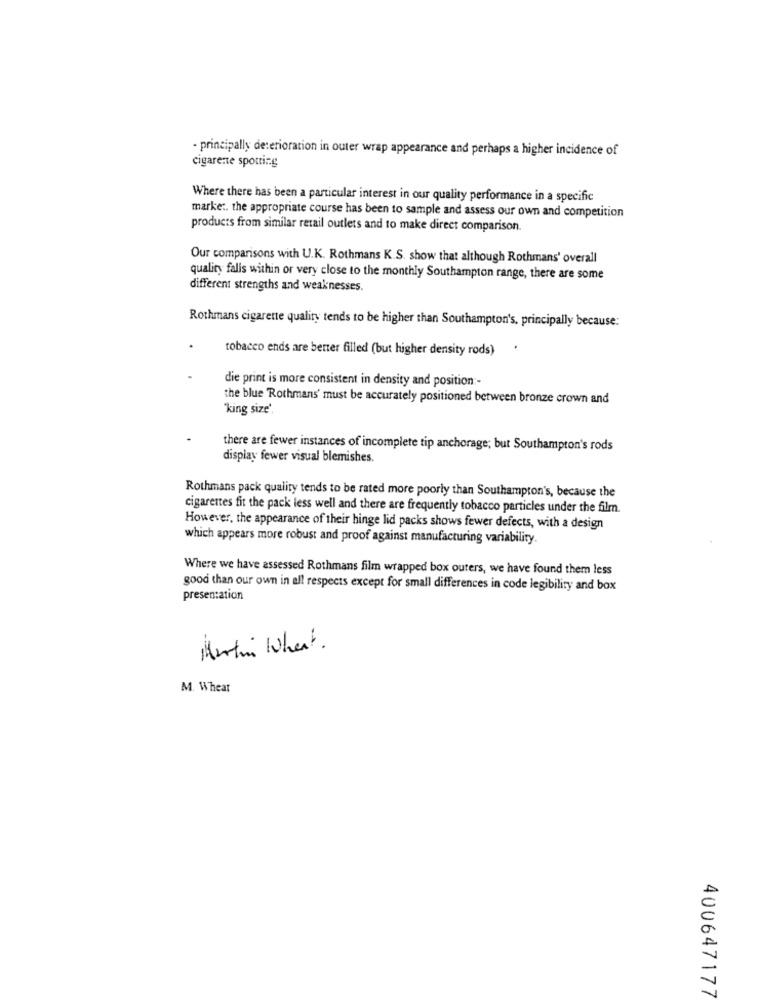
- principally deterioration in outer wrap appearance and perhaps a higher incidence of
cigarene spotting
Where there has been a particular interest in our quality performance in a specific
marke :. the appropriate course has been to sample and assess our own and competition
products from similar retail outlets and to make direct comparison.
Our comparisons with U.K. Rothmans K. S. show that although Rothmans' overall
quality falls within or very close to the monthly Southampton range, there are some
different strengths and weaknesses.
Rothmans cigarette quality tends to be higher than Southampton's, principally because:
tobacco ends are better filled (but higher density rods)
die print is more consistent in density and position :-
the blue 'Rothmans' must be accurately positioned between bronze crown and
'king size'.
there are fewer instances of incomplete tip anchorage; but Southampton's rods
display fewer visual blemishes.
Rothmans pack quality tends to be rated more poorly than Southampton's, because the
cigarettes fit the pack less well and there are frequently tobacco particles under the film.
However, the appearance of their hinge lid packs shows fewer defects, with a design
which appears more robust and proof against manufacturing variability.
Where we have assessed Rothmans film wrapped box outers, we have found them less
good than our own in all respects except for small differences in code legibility and box
presentation
Martin Wheat .
M. Wheat
400647177